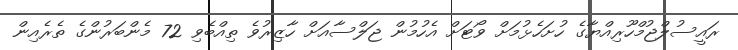
ރައީސުލްޖުމްހޫރިއްޔާގެ ހުށަހެޅުމަށް ވޯޓަށް އެހުމުން ޖަލްސާއަށް ހާޒިރުވެ ތިއްބެވި 72 މެންބަރުންގެ ތެރެއިން